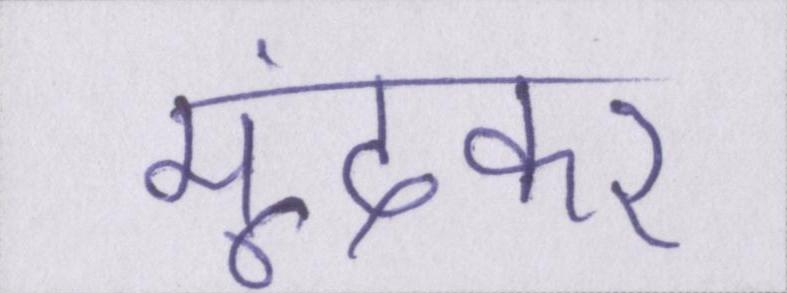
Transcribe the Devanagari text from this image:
मूंदकर